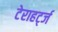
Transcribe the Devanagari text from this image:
टेराहर्ट्ज